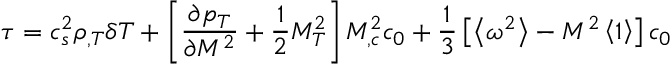
\tau = c _ { s } ^ { 2 } \rho _ { , T } \delta T + \left[ \frac { \partial p _ { T } } { \partial M ^ { 2 } } + \frac 1 2 M _ { T } ^ { 2 } \right] M _ { , c } ^ { 2 } c _ { 0 } + \frac 1 3 \left[ \left\langle \omega ^ { 2 } \right\rangle - M ^ { 2 } \left\langle 1 \right\rangle \right] c _ { 0 }